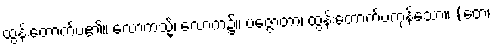
ထွန်းတောက်ပ၏။ လောကသ္မိံ၊ လောက၌။ ပဇ္ဇောတာ၊ ထွန်းတောက်ပကုန်သော။ (တေ၊